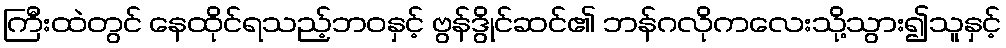
ကြီးထဲတွင် နေထိုင်ရသည့်ဘဝနှင့် ဗွန်ဒွိုင်ဆင်၏ ဘန်ဂလိုကလေးသို့သွား၍သူနှင့်